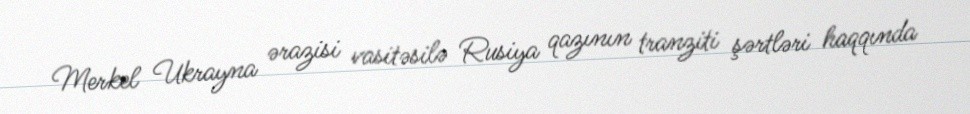
Merkel Ukrayna ərazisi vasitəsilə Rusiya qazının tranziti şərtləri haqqında